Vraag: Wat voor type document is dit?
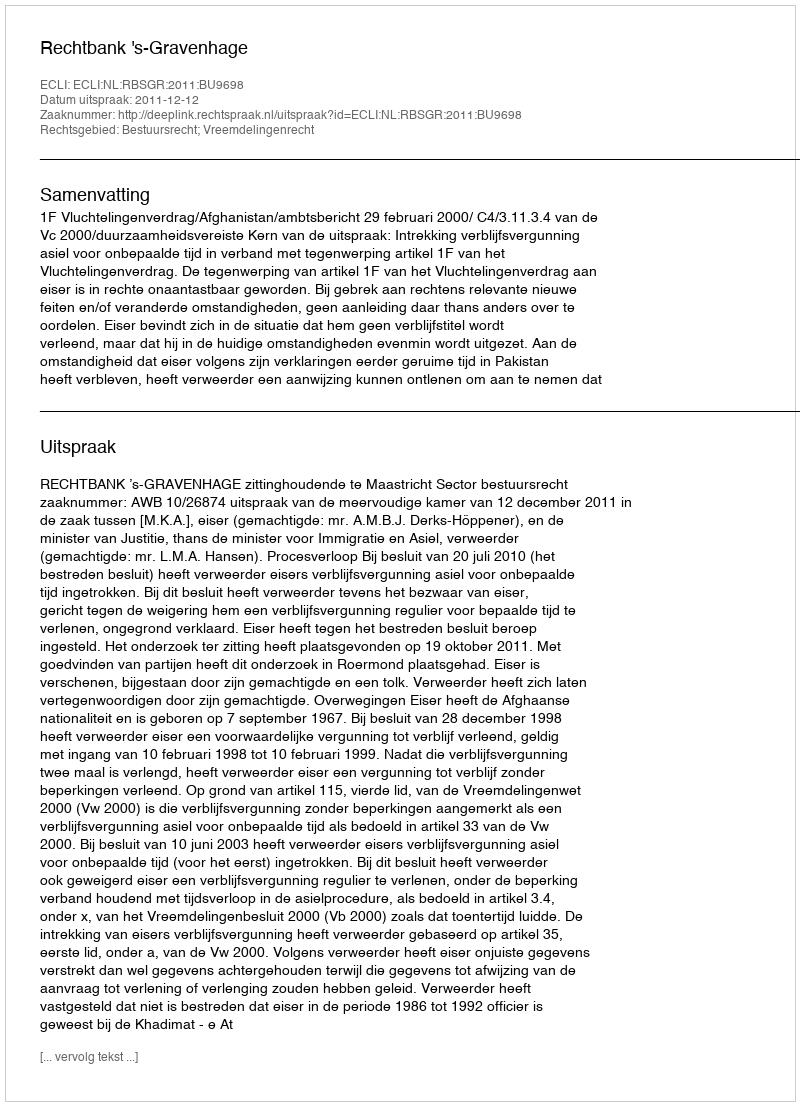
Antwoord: Uitspraak